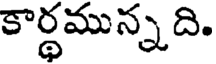
కార్థమున్న ది.